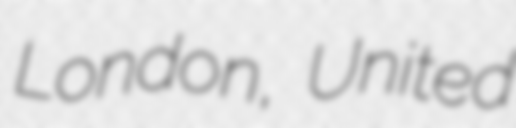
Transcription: London, United